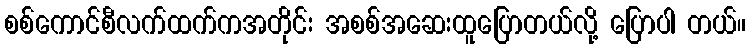
စစ်ကောင်စီလက်ထက်ကအတိုင်း အစစ်အဆေးထူပြောတယ်လို့ ပြောပါ တယ်။